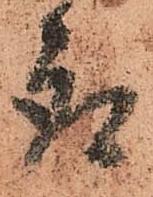
取